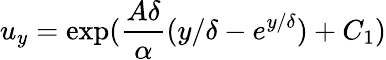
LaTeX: u_{y}=\exp(\frac{A\delta}{\alpha}({y}/{\delta}-e^{{y}/{\delta}})+C_{1})